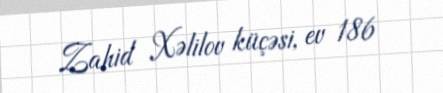
Zahid Xəlilov küçəsi, ev 186